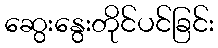
ဆွေးနွေးတိုင်ပင်ခြင်း